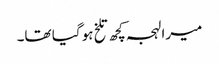
میرا لہجہ کچھ تلخ ہو گیا تھا۔